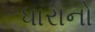
ધારાનો